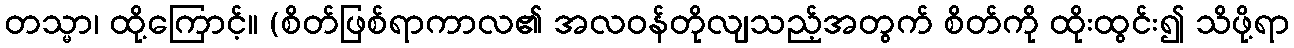
တသ္မာ၊ ထို့ကြောင့်။ (စိတ်ဖြစ်ရာကာလ၏ အလဝန်တိုလျသည့်အတွက် စိတ်ကို ထိုးထွင်း၍ သိဖို့ရာ